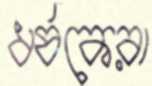
ধর্ষকেরা